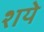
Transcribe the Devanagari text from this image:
शये